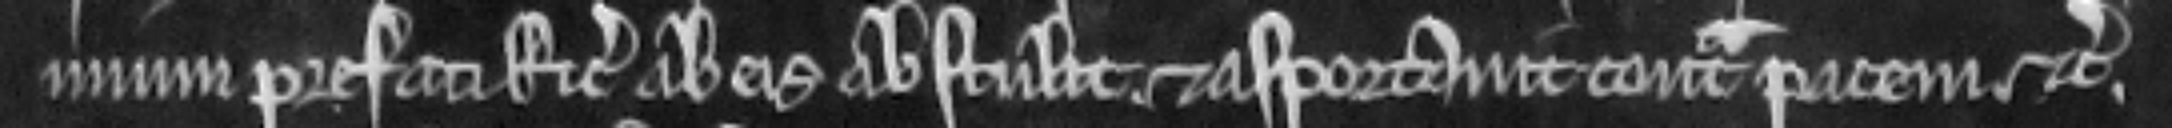
mium prefati Ricardi ab eis abstulit et asportavit contra pacem etc.